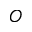
O